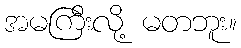
အမကြီးလို့ မတဘူး။